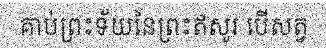
គាប់ព្រះទ័យនៃព្រះឥសូរ បើសត្វ